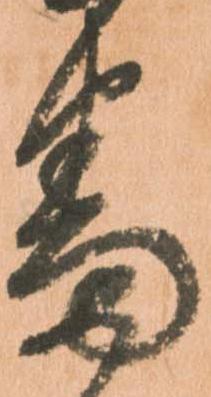
番